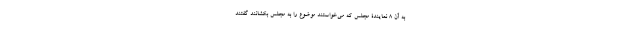
به آن 8 نمایندۀ مجلس که می‌خواستند موضوع را به مجلس بکشانند گفتند